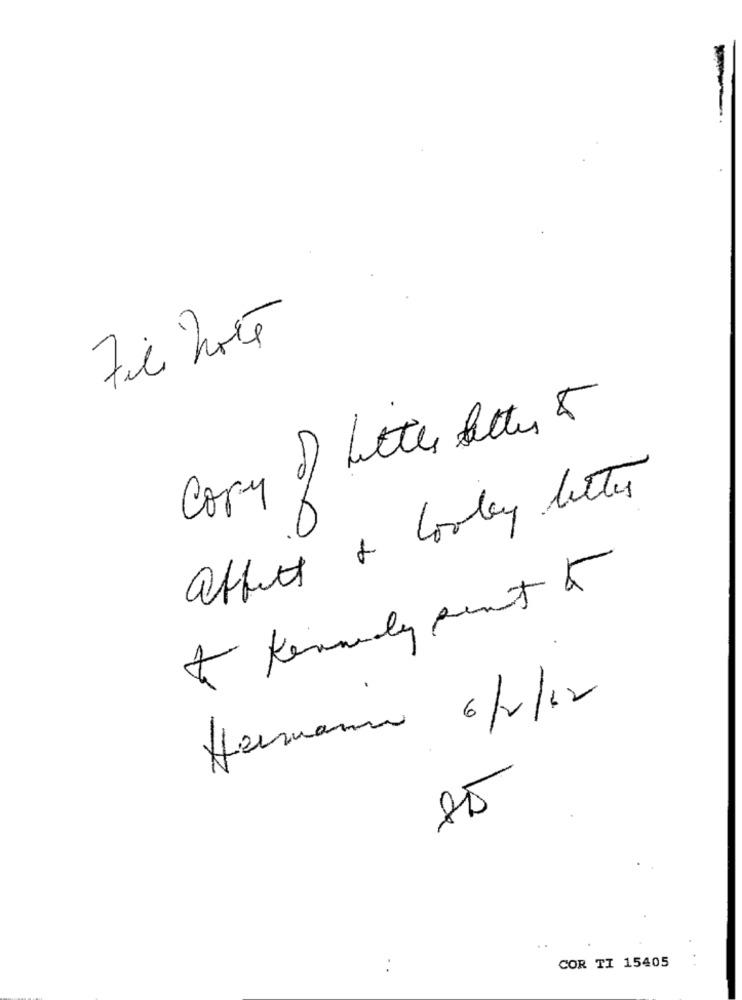
Fil hoté
Copy of Letter better &
affect & looky letter
Hermann 6/2/12
COR TI 15405